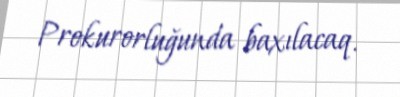
Prokurorluğunda baxılacaq.